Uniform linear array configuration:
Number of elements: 48
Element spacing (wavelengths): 0.5
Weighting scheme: hann
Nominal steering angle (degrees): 45
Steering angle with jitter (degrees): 46.513
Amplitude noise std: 0.05
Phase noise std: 0.05

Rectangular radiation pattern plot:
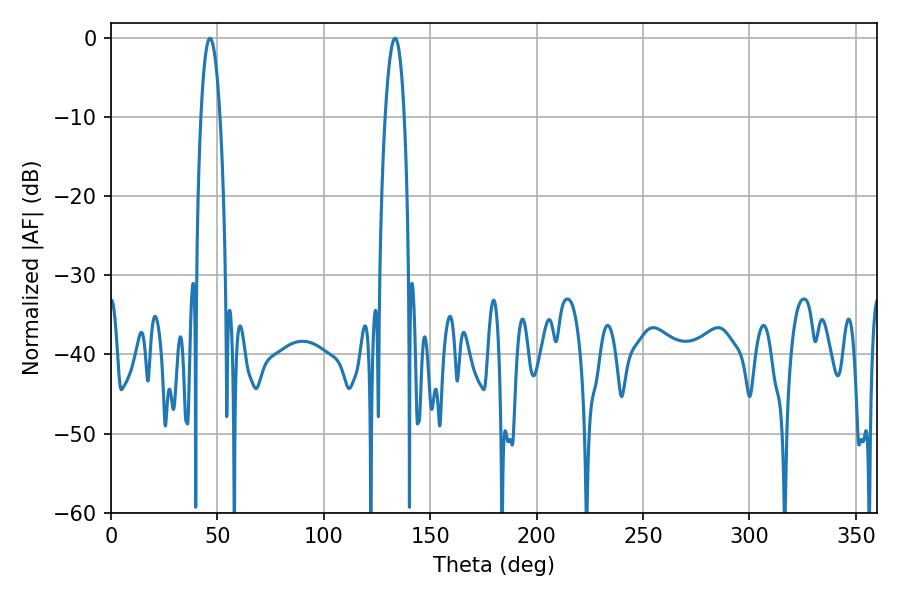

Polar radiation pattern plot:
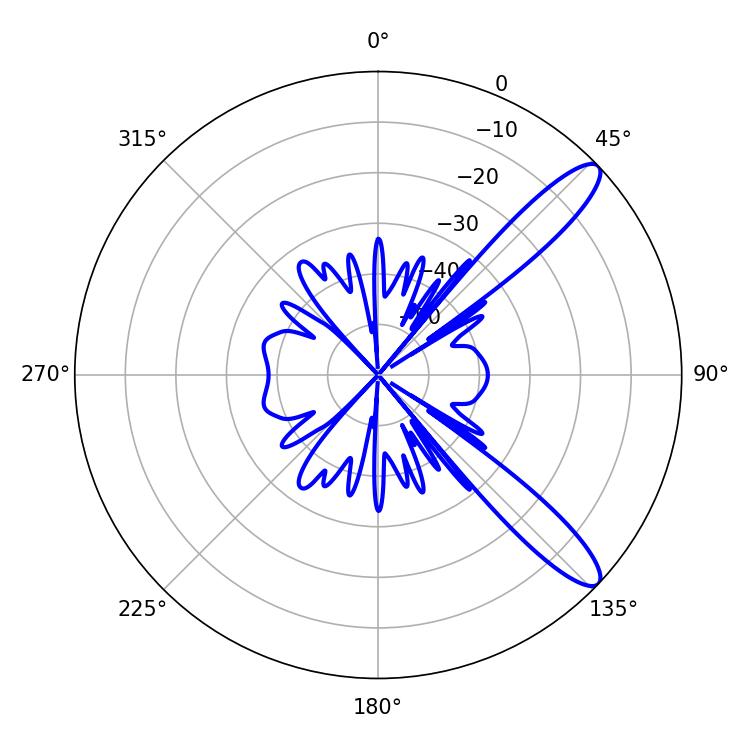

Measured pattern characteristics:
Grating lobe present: FALSE
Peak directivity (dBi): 11.679
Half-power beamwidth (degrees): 5.04
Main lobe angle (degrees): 46.44